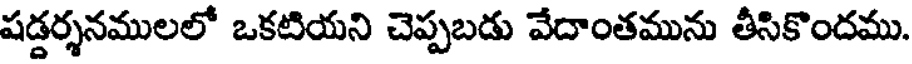
షడ్డర్శనములలో ఒకటియని చెప్పబడు వేదాంతమును తీసికొందము.